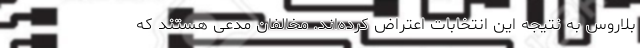
بلاروس به نتیجه این انتخابات اعتراض کرده‌اند. مخالفان مدعی هستند که